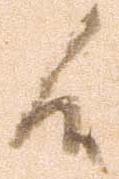
候